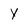
Character: y